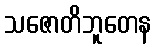
သဇောတိဘူတေန